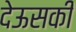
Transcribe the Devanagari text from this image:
देऊसकी